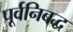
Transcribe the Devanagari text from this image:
पूर्वनिबद्ध